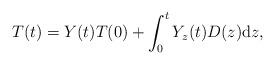
LaTeX: \begin{align*}T(t)=Y(t)T(0)+\int_0^tY_z(t)D(z)\mathrm{d}z,\end{align*}